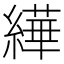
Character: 𦅠